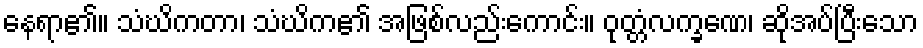
နေရာ၏။ သံဃိကတာ၊ သံဃိက၏ အဖြစ်လည်းကောင်း။ ဝုတ္တံလက္ခဏေ၊ ဆိုအပ်ပြီးသော